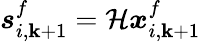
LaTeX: \boldsymbol{s}_{i,\mathbf{k}+1}^{f}=\mathcal{{H}}\boldsymbol{x}_{i,\mathbf{k}+1}^{f}